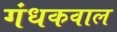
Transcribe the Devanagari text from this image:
गंधकवाल